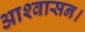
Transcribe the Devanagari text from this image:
आश्‍वासन।